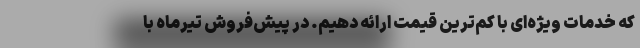
که خدمات ویژه‌ای با کم‌ترین قیمت ارائه دهیم. در پیش‌فروش تیرماه با